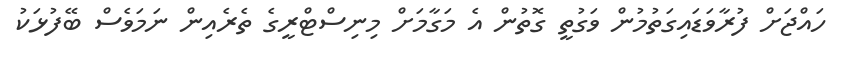
ހައްޖަށް ފުރާވަޑައިގަތުމުން ވަގުތީ ގޮތުން އެ މަގާމަށް މިނިސްޓްރީގެ ތެރެއިން ނަމަވެސް ބޭފުޅަކު